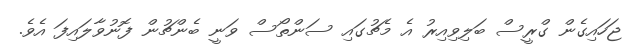
ޖަހައިގެން ގްރީސް ބަލިވިއިރު އެ މެޗުގައި ސަންތޯސް ވަނީ ބެންޗުން ފޮނުވާލައިފަ އެވެ.